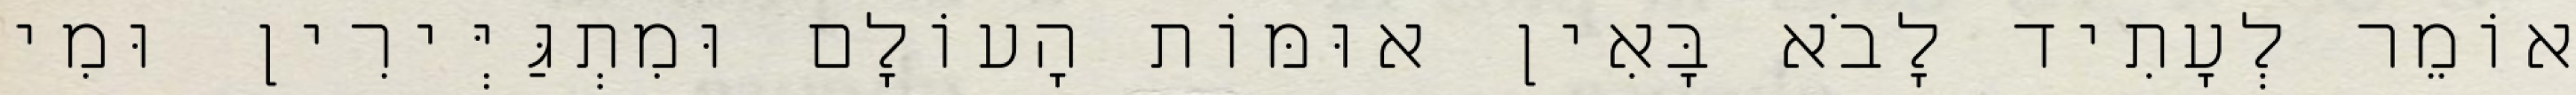
אוֹמֵר לְעָתִיד לָבֹא בָּאִין אוּמּוֹת הָעוֹלָם וּמִתְגַּיְּירִין וּמִי